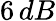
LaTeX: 6\, dB